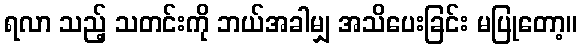
ရလာ သည့် သတင်းကို ဘယ်အခါမျှ အသိပေးခြင်း မပြုတော့။